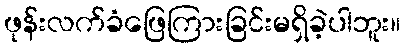
ဖုန်းလက်ခံဖြေကြားခြင်းမရှိခဲ့ပါဘူး။